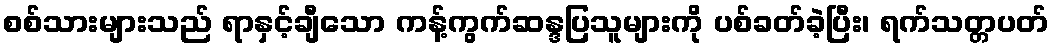
စစ်သားများသည် ရာနှင့်ချီသော ကန့်ကွက်ဆန္ဒပြသူများကို ပစ်ခတ်ခဲ့ပြီး၊ ရက်သတ္တပတ်